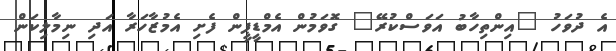
އެ ދުވަހު "އިންތިހާބު އަވަސްކުރޭ" ގޮަވަމުން އެމްޑީޕީން ފެށި އެމުޒާހަރާ އަދި ނިމާލިކަން